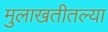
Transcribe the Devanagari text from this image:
मुलाखतीतल्या